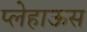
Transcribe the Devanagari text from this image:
प्लेहाऊस